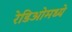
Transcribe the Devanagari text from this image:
रेडिओमध्ये